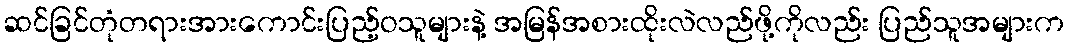
ဆင်ခြင်တုံတရားအားကောင်းပြည့်ဝသူများနဲ့ အမြန်အစားထိုးလဲလည်ဖို့ကိုလည်း ပြည်သူအများက